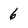
Character: 6